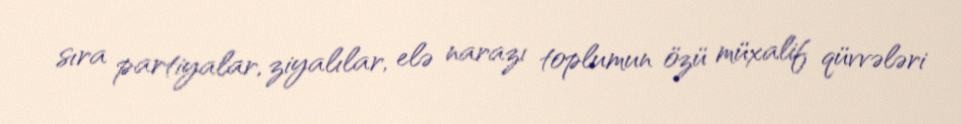
sıra partiyalar, ziyalılar, elə narazı toplumun özü müxalif qüvvələri